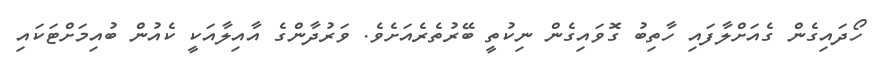
ހޯދައިގެން ގެއަށްލާފައި ހާތިބު ގޮވައިގެން ނިކުތީ ބޭރުތެރެއަށެވެ. ވަރުދާންގެ އާއިލާއަކީ ކެއުން ބުއިމަށްޓަކައި